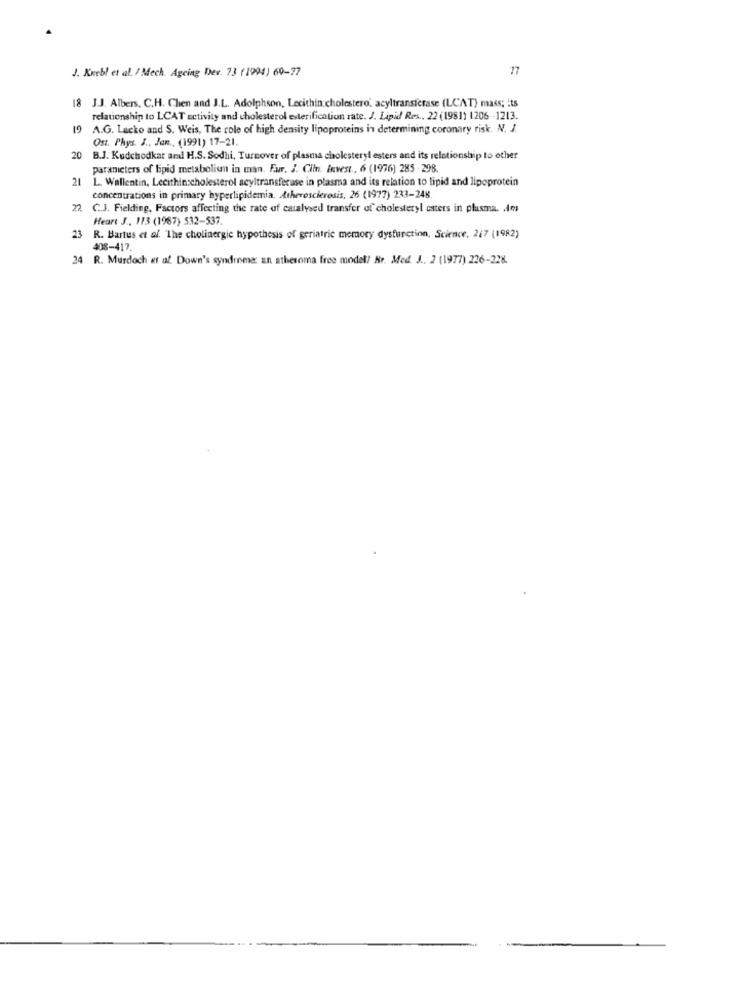
J. Kuehl et al. / Mech. Ageing Der. 73 (1994) 60-77
17
18 J.J. Albers, C.H. Chen and J.L. Adolphson, Lecithin cholestero, acyltransferase (LCAT) mass; its
relationship to LCAT activity and cholesterol esterification rate. J. Lipid Res ., 22 (1981) 1206 -- 1213.
19
A.G. Lacko and S. Weis, The role of high density lipoproteins in determining coronary risk. N. J.
Ost. Phys. J ., Jan ., (1991) 17-21.
20 B.J. Kudchodkar and H.S. Sodhi, Turnover of plasma cholesteryl esters and its relationship to other
parameters of lipid metabolism in man. Fur. J. Ciin. Invest ., 6 (1976) 285 -298.
21
L. Wallentin, Lecithin:cholesterol acyltransferuse in plasma and its relation to lipid and lipoprotein
concentrations in primary hyperlipidemia. Atherosclerosis. 26 (1977) 233-248.
22
C.J. Fielding, Factors affecting the rate of catalysed transfer of cholesteryl caters in plusma. Am
Heart J ., 113 (1967) 532-537.
23 R. Bartus et al. The cholinergic hypothesis of geriatric memory dysfunction, Science, 217 (1982)
408-417
24 R. Murdoch et af. Down's syndrome: an atheroma free model! Sr. Med. J .. 2 (1977) 226-228.